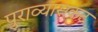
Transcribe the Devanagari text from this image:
पुराव्यासकट